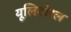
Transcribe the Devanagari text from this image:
यूलिटोरल